Voru_kinnistusamet, lk 19
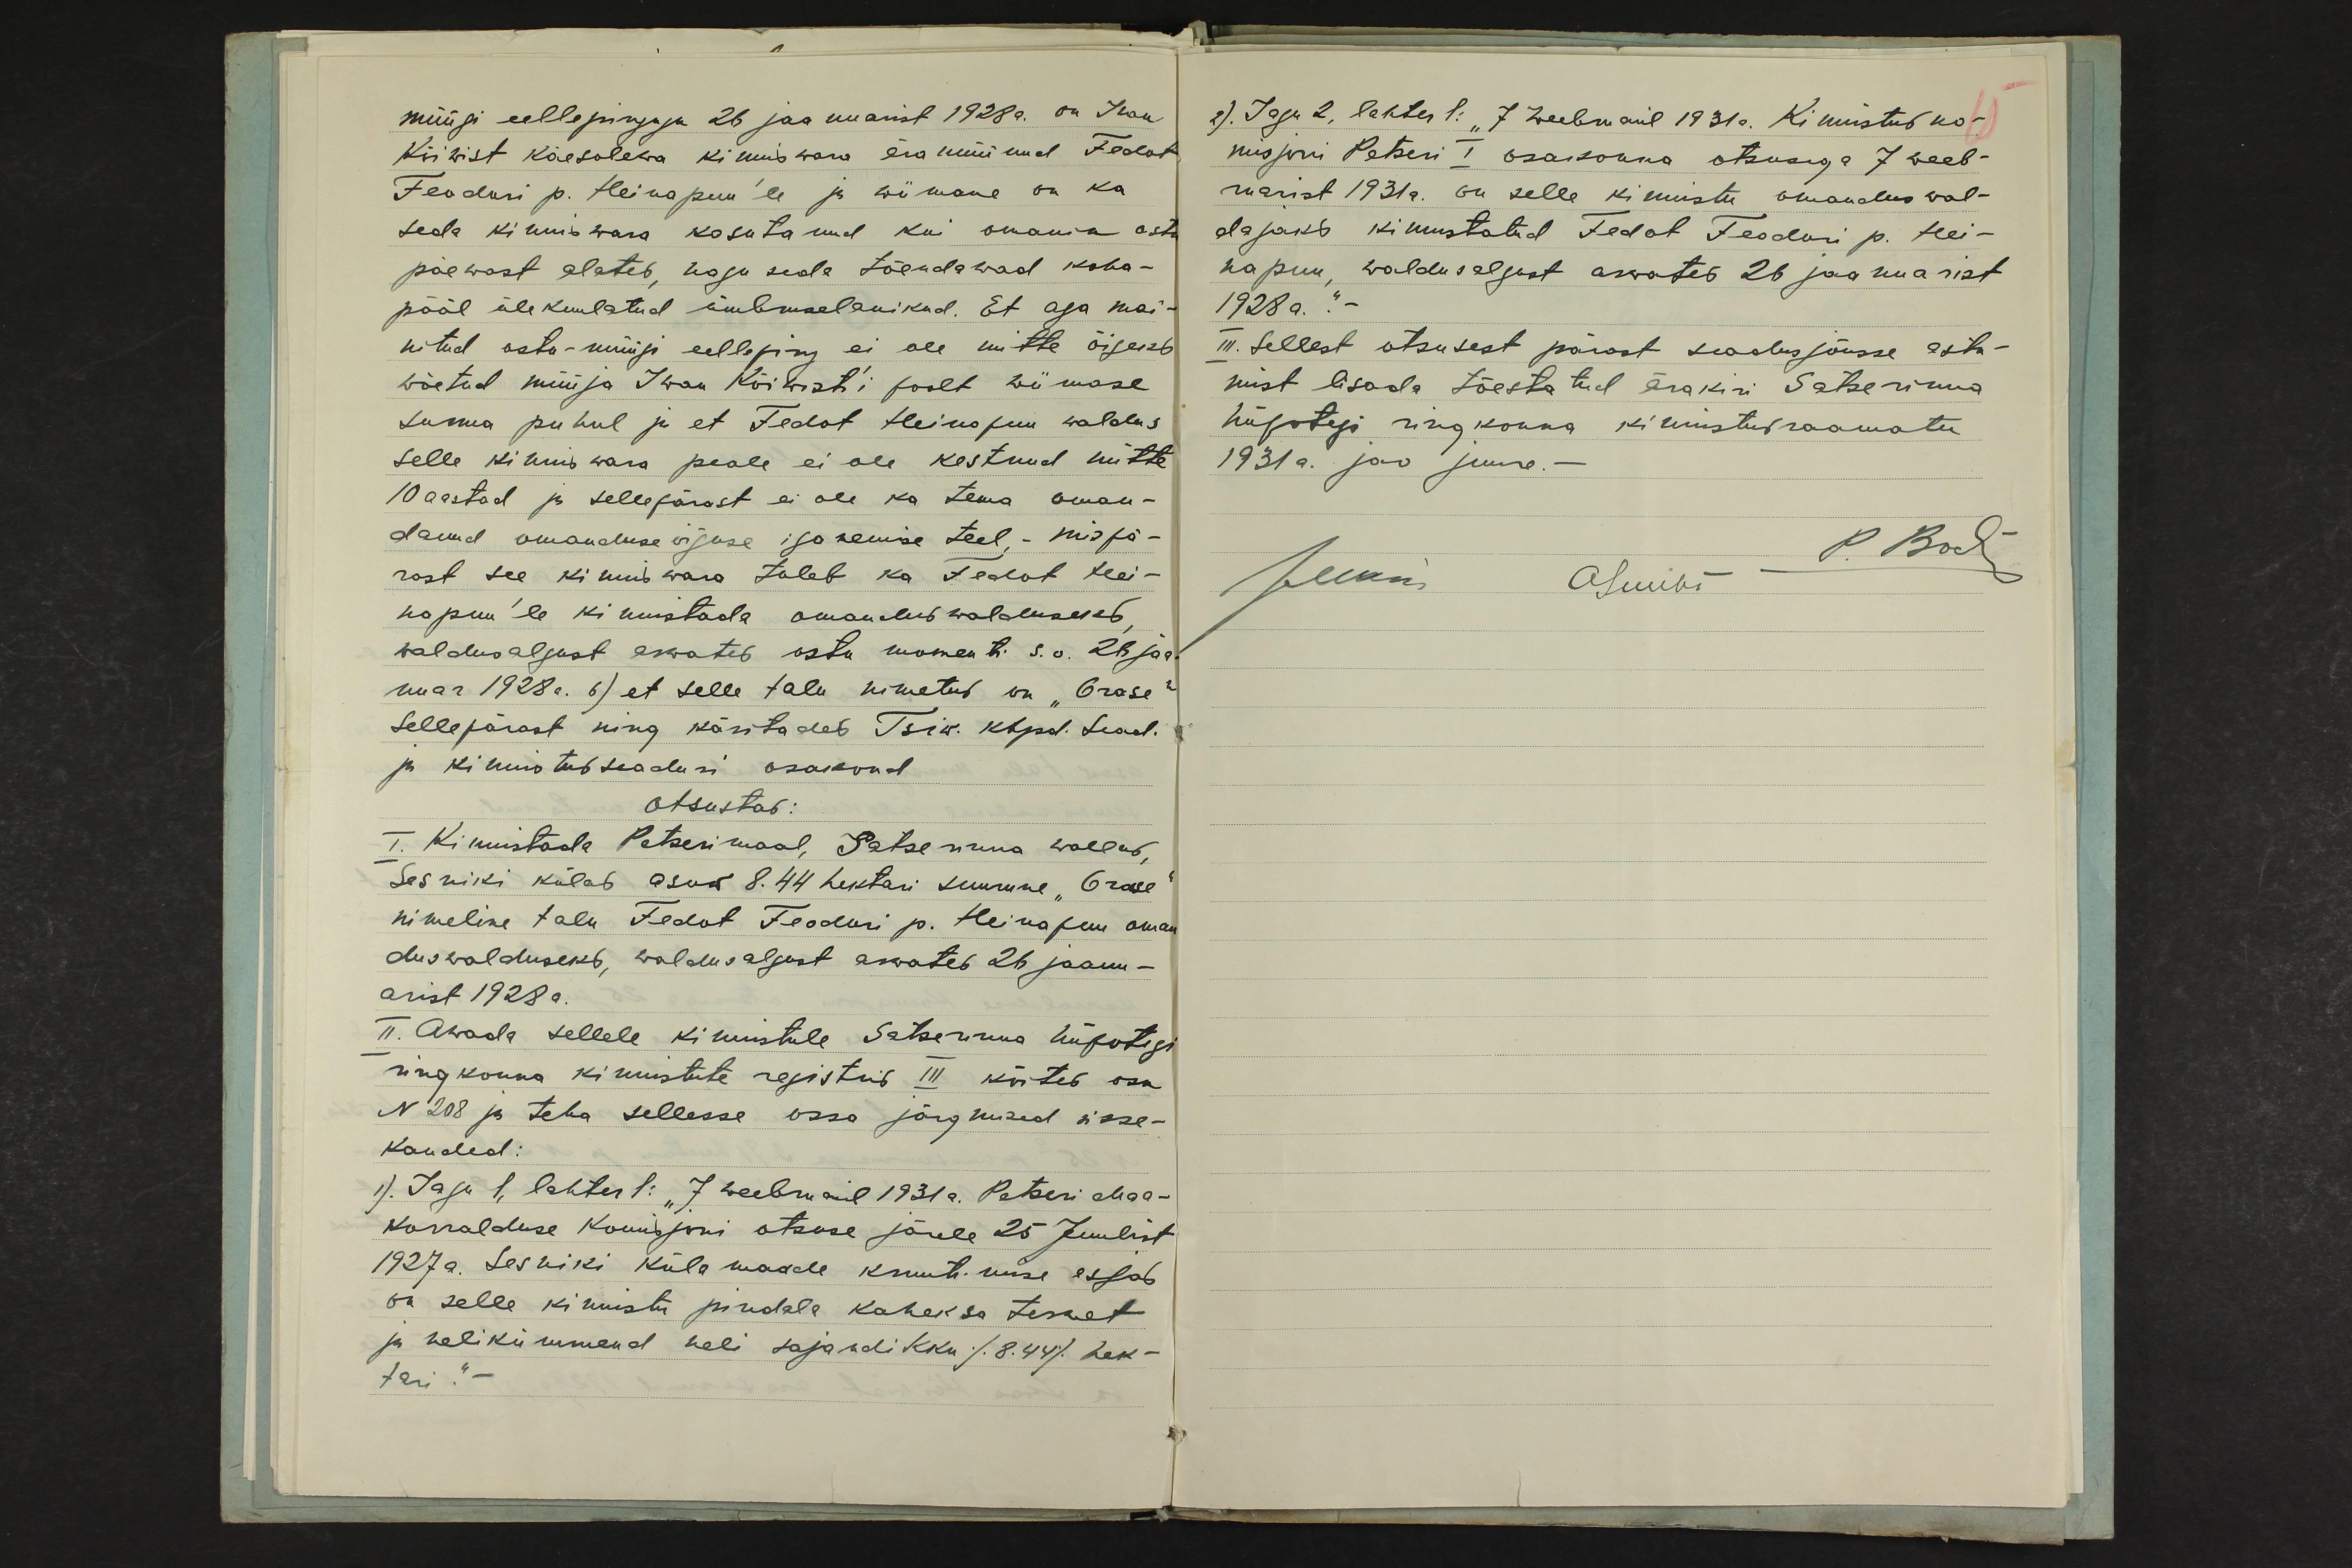
müügi eellepinguga 26 jaanuarist 1928a. on Iwan
Kiiwist käesolewa kinniswara ära müünud Fedot
Feodori p. Heinapuu'le ja wiimane on ka
seda kinniswara kasutanud kui omanik ostu
päewast alates, kogu seda tõendawad koha-
pääl ülekuulatud ümbruselanikud. Et aga mai-
nitud ostu-müügi eelleping ei ole mitte õigeks
wõetud müüja Iwan Kiiwist`i poolt wiimase
surma puhul ja et Fedot Heinapuu waldus
selle kinniswara peale ei ole kestnud mitte
10 aastad ja sellepärast ei ole ka tema oman-
danud omanduse õiguse iganemise teel, - mispä-
rast see kinniswara tuleb ka Fedot Hei-
napuule kinnistada omandus walduseks
waldusalgust arwates ostu momenti s.o. 26 jaa-
nuar 1928a. 6) et selle talu nimetus on "Grase"
Sellepärast ning käsitades Tsiw. Khpd. Sead.
ja kinnistus seadusi osakond
otsustas:
I. Kinnistada Petserimaal, Satserinna wallas,
Sesniki külas asuw 8.44 hektari suurune "Grase"
nimeline talu Fedot Feodori p. Heinapuu oman
duswalduseks, waldus algust arwates 26 jaanu-
arist 1928 a.
II. Awada sellele kinnistule Satserinna hüpotegi
ringkonna kinnistute registris III köites osa
N 208 ja teha sellesse ossa järgmised sisse-
kanded:
1) Jagu 1, lahter 1: "7 weebruaril 1931 a. Petseri Maa-
korralduse komisjoni otsuse järele 25 Juulist
1927 a. Sesniki küla maade kruntimise asjas
on selle kinnistu pindala kaheksa terwet
ja nelikümmend neli sajandikku /8.44/. hek-
tari.“-

2). Jagu 2, lahter 1: "7 weebruaril 1931a. Kinnistus ko-
misjoni Petseri I osakonna otsusega 7 weeb-
ruarist 1931a. on selle kinnistu omandus wal-
dajaks kinnistatud Fedat Feodori p. Hei-
napuu, waldusalgust arwates 26 jaanuarist
1928 a.“.-
III. Sellest otsusest pärast seadusjõusse astu-
mist lisada tõestatud ärakiri Satserinna
hüpotegi ringkonna kinnistusraamatu
1931 a. jao juure.-
Auani
P. Bock
ASuubi